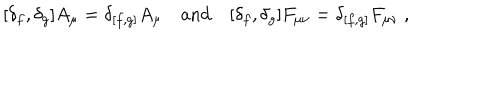
[ \delta _ { f } , \delta _ { g } ] A _ { \mu } = \delta _ { [ f , g ] } A _ { \mu } \quad \mathrm { a n d } \quad [ \delta _ { f } , \delta _ { g } ] F _ { \mu \nu } = \delta _ { [ f , g ] } F _ { \mu \nu } \; ,